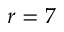
r = 7